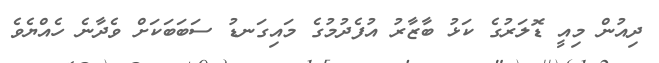
ދިއުން މިއީ ޑޮލަރުގެ ކަޅު ބާޒާރު އުފެދުމުގެ މައިގަނޑު ސަބަބަކަށް ވެދާނެ ހެއްޔެވެ